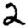
Digit: 2